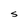
Character: S